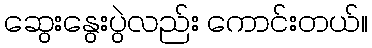
ဆွေးနွေးပွဲလည်း ကောင်းတယ်။